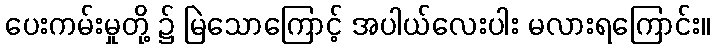
ပေးကမ်းမှုတို့ ၌ မြဲသောကြောင့် အပါယ်လေးပါး မလားရကြောင်း။